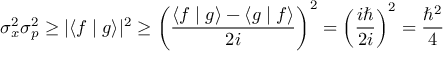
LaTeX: \sigma _ { x } ^ { 2 } \sigma _ { p } ^ { 2 } \geq | \langle f \mid g \rangle | ^ { 2 } \geq \left( { \frac { \langle f \mid g \rangle - \langle g \mid f \rangle } { 2 i } } \right) ^ { 2 } = \left( { \frac { i \hbar } { 2 i } } \right) ^ { 2 } = { \frac { \hbar ^ { 2 } } { 4 } }